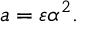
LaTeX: a = \varepsilon \alpha ^ { 2 } .